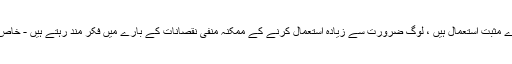
اور جب کہ ان کے بہت سارے مثبت استعمال ہیں ، لوگ ضرورت سے زیادہ استعمال کرنے کے ممکنہ منفی نقصانات کے بارے میں فکر مند رہتے ہیں - خاص کر بچوں اور نوعمروں میں۔